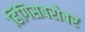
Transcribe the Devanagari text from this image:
हिंगिसबरोबर